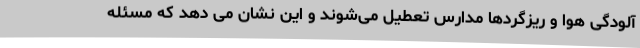
آلودگی هوا و ریزگردها مدارس تعطیل می‌شوند و این نشان می دهد که مسئله